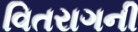
વિતરાગની